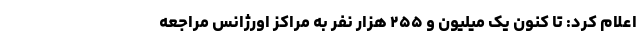
اعلام کرد: تا کنون یک میلیون و ۲۵۵ هزار نفر به مراکز اورژانس مراجعه